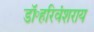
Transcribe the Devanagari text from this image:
डॉ॰हरिवंशराय